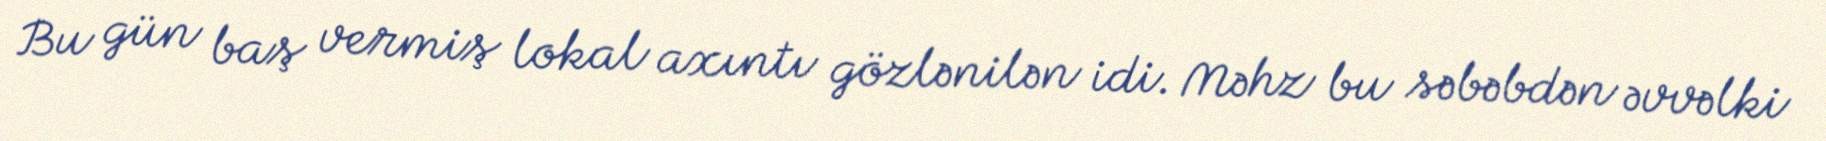
Bu gün baş vermiş lokal axıntı gözlənilən idi. Məhz bu səbəbdən əvvəlki